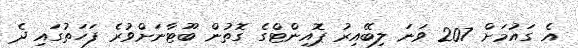
އެ ގައުމަށް 207 ވަނަ ލިބޭއިރު ޕޮއިންޓްގެ ގޮތުން ބޫޓާނަށްވުރެ ފަހަތުގައި ދެ